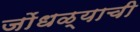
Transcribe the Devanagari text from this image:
जोंधळ्याची